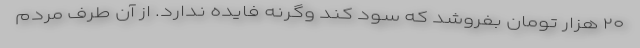
۲۰ هزار تومان بفروشد که سود کند وگرنه فایده ندارد. از آن طرف مردم